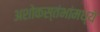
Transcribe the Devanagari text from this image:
अशोकस्तंभांमध्ये